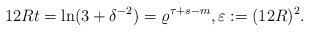
\begin{align*}12Rt = \ln(3+\delta^{-2})= \varrho^{\tau+s-m},\varepsilon:= (12R)^2.\end{align*}